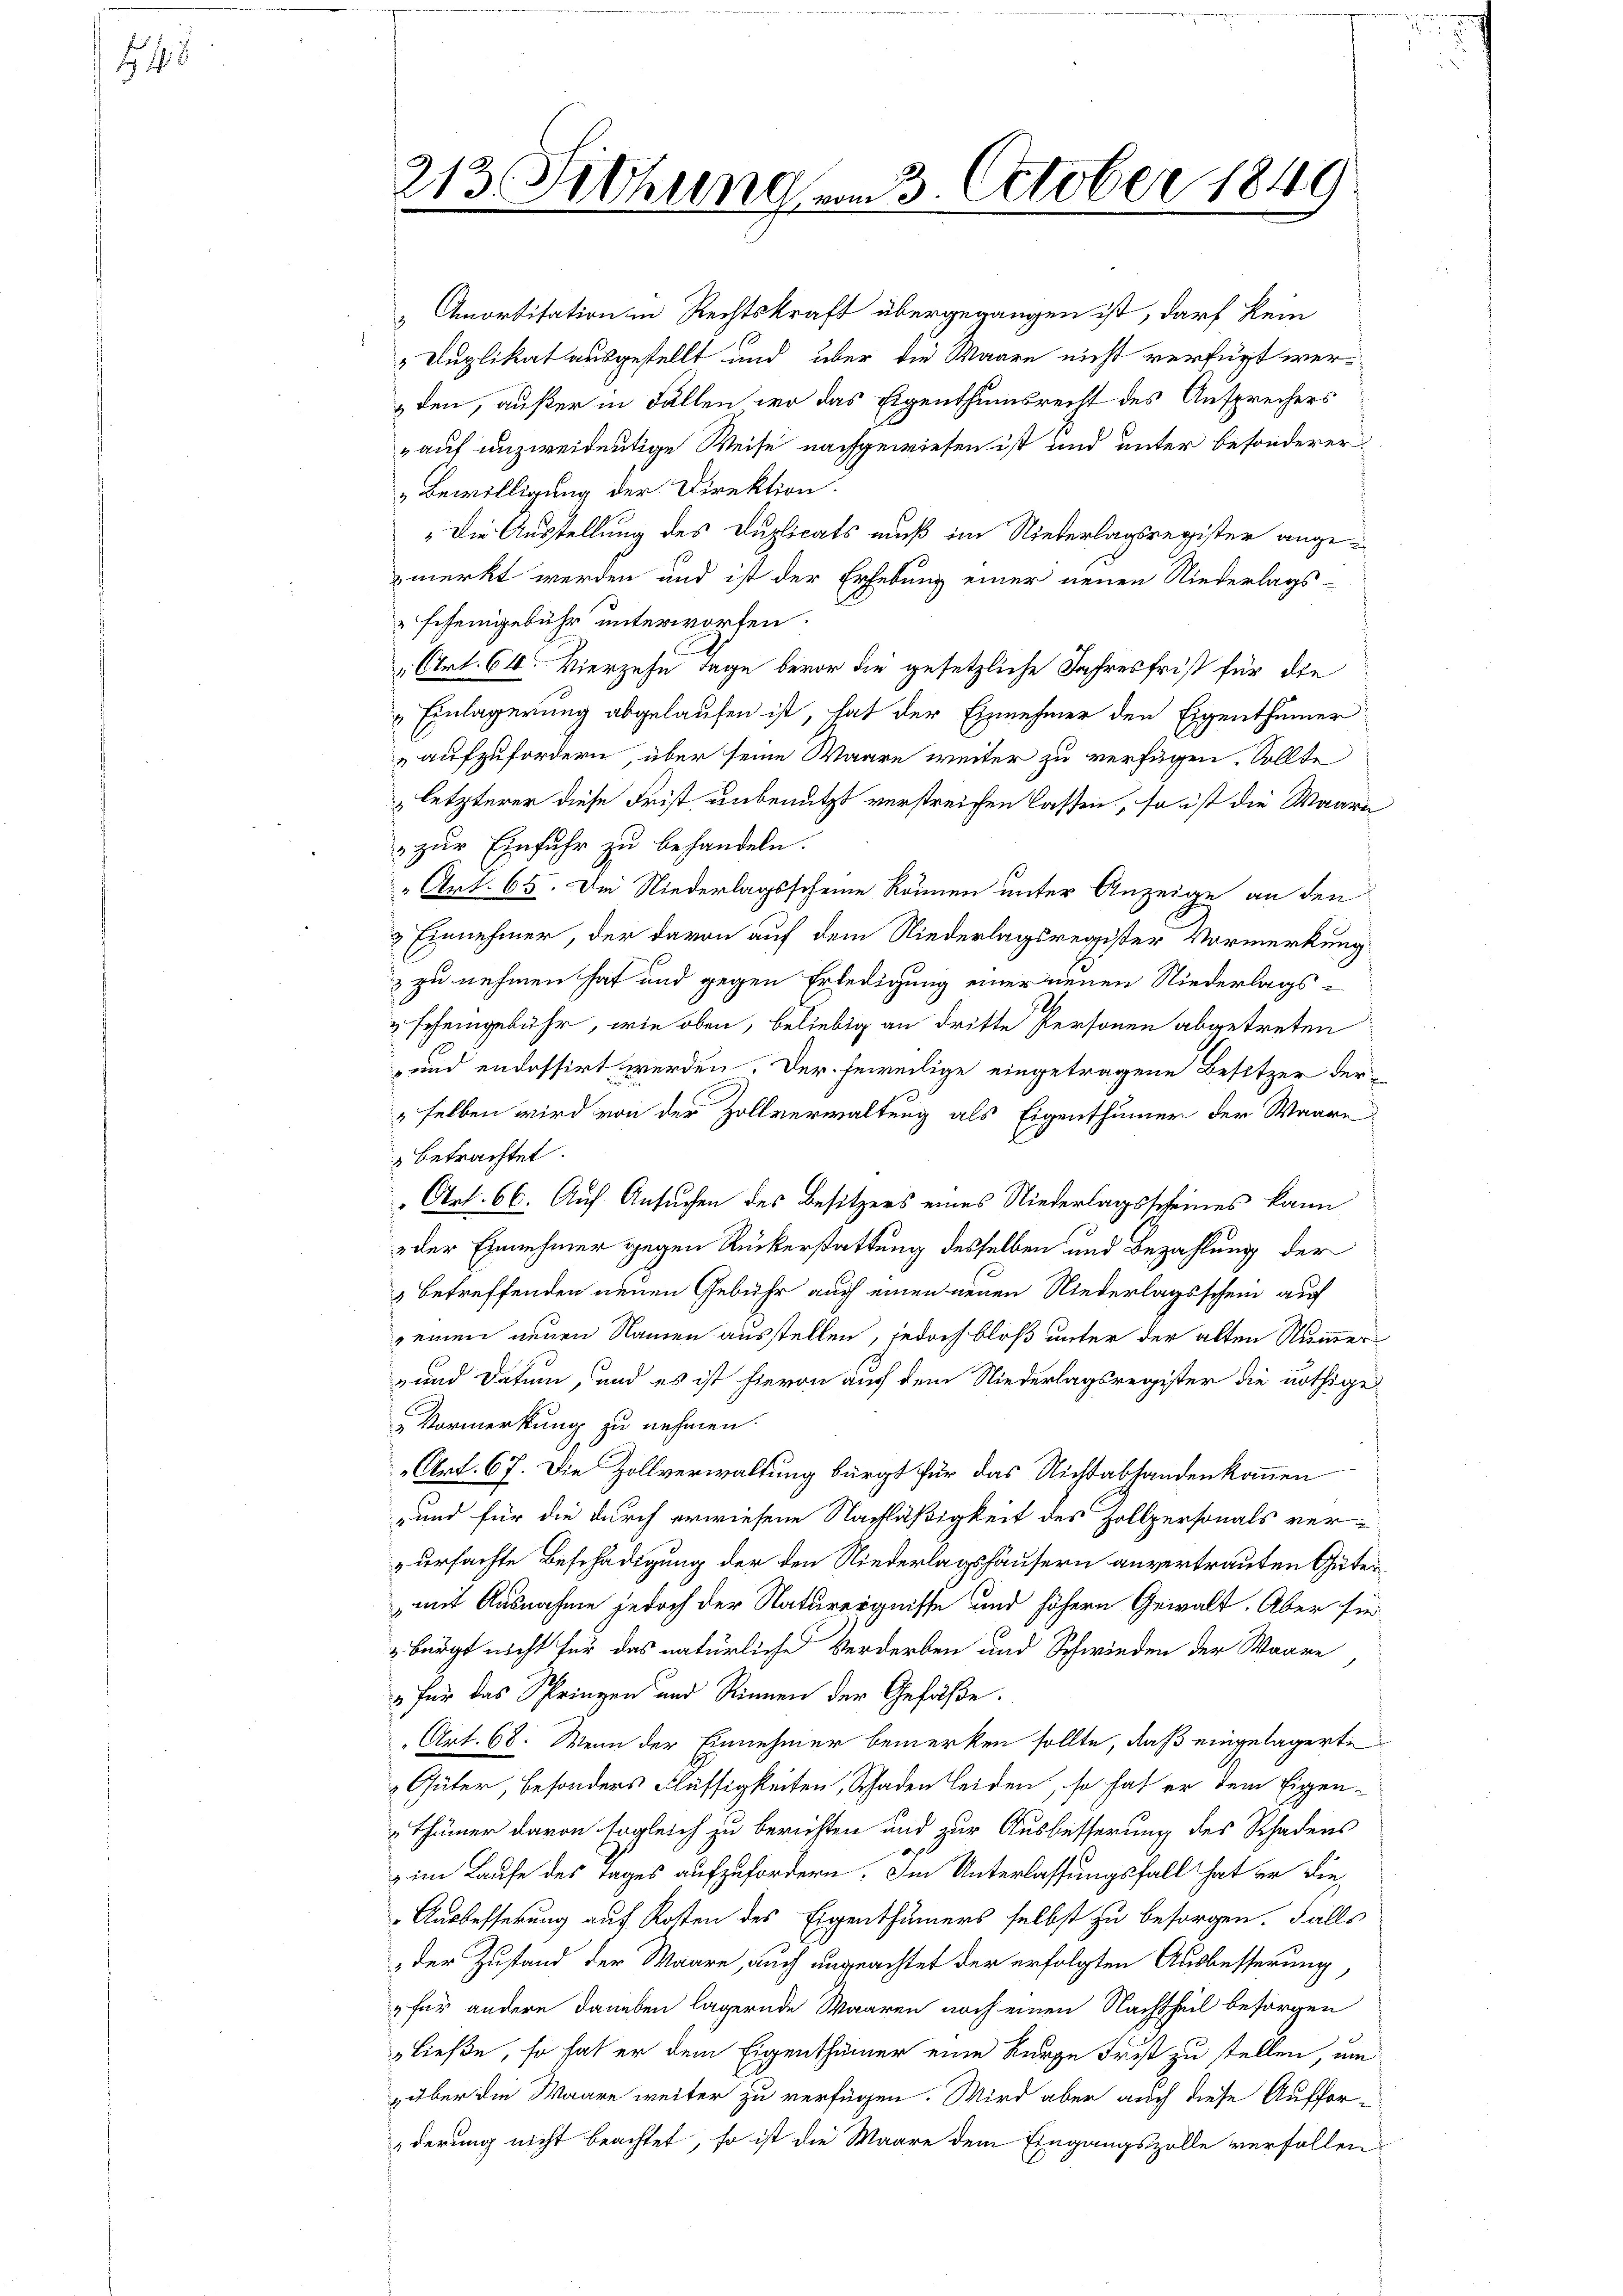
445

213. Fichung am 3. October 1849

Amortisation in Rechtskraft übergegangen ist, darf kein
" Duplikat ausgestellt und über die Waare nicht verfügt werden, außer in Fällen wo das Eigenthumsrecht des Ansprechers
auf unzweideutige Weise nachgewiesen ist und unter besonderer
Bewilligung der Direktion.
"Die Ausstellung des Duplicats muß im Niederlagsregister angemerkt werden und ist der Erhebung einer neuen Niederlags-
" Eisengebühr unterworfen.
„Art. 64. Vierzehn Tage bevor die gesetzliche Jahresfrist für die
"Einlagerung abgelaufen ist, hat der Einnehmer den Eigenthümer
aufzufordern, über seine Waare weiter zu verfügen. Sollte
letzterer diese Frist unbenutzt verstreichen lassen, so ist die Waare
zur Einfuhr zu behandeln.
" Art. 65. Die Niederlagsscheine können unter Anzeige an den
& Einnehmer, der davon auf dem Niederlagsregister Vormerkung
z zu nehmen hat und gegen Erledigung einer neuen Niederlags¬
& scheingebühr, wie oben, beliebig an dritte Personen abgetreten
und endossirt werden. Der jeweilige eingetragene Besitzer der-
selben wird von der Zollverwaltung als Eigenthümer der Waare
 betrachtet.
"Art. 66. Auf Ansuchen des Besitzers eines Niederlagsscheines kann
der Einnehmer gegen Rückerstattung desselben und Bezahlung der
 betreffenden neuen Gebühr auch einen neuen Niederlagsschein auf
 einen neuen Namen ausstellen, jedoch bloß unter der alten Nummer
-und Datum, und es ist hievon auf dem Niederlagsregister die nöthige
Vormerkung zu nehmen.
„Art. 67. Die Zollverwaltung bürgt für das Nichtabhanden kommen
und für die durch erwiesene Nachläßigkeit des Zollpersonals verursachte Beschädigung der den Niederlagshäusern anvertrauten Gütermit Ausnahme jedoch der Naturergnisse und höhern Gewalt. Aber sie
 bürgt nicht für das natürliche Verderben und Schwieden der Waare
" für das Springen und Rinnen der Gefäße.
Art. 68. Wenn der Einnehmer bemerken sollte, daß eingelagerte
 Güter, besonders Flüssigkeiten, Schaden leiden, so hat er dem Eigen-
thümer davon sogleich zu berichten und zur Ausbesserung des Schadens
im Laufe des Tages aufzufordern. Im Unterlassungsfall hat er die¬
Ausbesserung auf Kosten des Eigenthümers selbst zu besorgen. Falls
 der Zustand der Waare, auch ungeachtet der erfolgten Ausbesserung
„für andere Daneben lägernde Waaren noch einen Nachtheil besorgen
ließe, so hat er dem Eigenthümer eine kurze Frist zu stellen, um
, über die Waare weiter zu verfügen. Wird aber auch diese Aufforderung nicht beachtet, so ist die Maare dem Eingangszolle verfallen